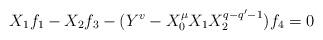
LaTeX: \begin{align*}X_{1}f_{1}- X_{2}f_{3} -(Y^{v} - X_{0}^{\mu}X_{1}X_{2}^{q-q'-1}) f_{4}=0 \end{align*}